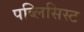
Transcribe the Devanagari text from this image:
पब्लिसिस्ट